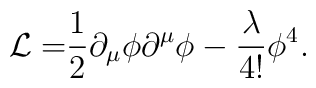
{\cal L=}\frac{1}{2}\partial _{\mu }\phi \partial ^{\mu }\phi -\frac{\lambda }{4!}\phi ^{4}.